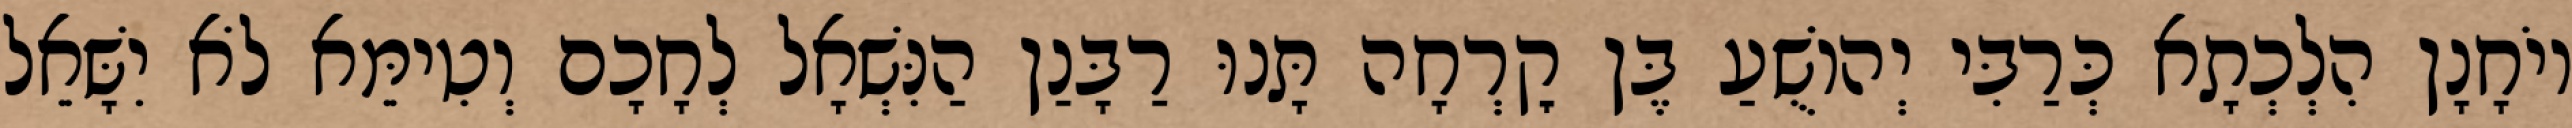
יוֹחָנָן הִלְכְתָא כְּרַבִּי יְהוֹשֻׁעַ בֶּן קׇרְחָה תָּנוּ רַבָּנַן הַנִּשְׁאָל לְחָכָם וְטִימֵּא לֹא יִשָּׁאֵל